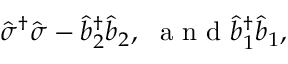
\hat { \sigma } ^ { \dagger } \hat { \sigma } - \hat { b } _ { 2 } ^ { \dagger } \hat { b } _ { 2 } , \mathrm { ~ \ a ~ n ~ d ~ } \hat { b } _ { 1 } ^ { \dagger } \hat { b } _ { 1 } ,